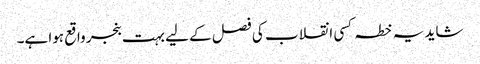
شاید یہ خطہ کسی انقلاب کی فصل کے لیے بہت بنجر واقع ہوا ہے۔